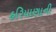
હરિયાણાની